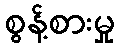
စွန့်စားမှု